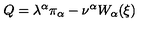
Q = \lambda ^ { \alpha } \pi _ { \alpha } - \nu ^ { \alpha } W _ { \alpha } ( \xi )